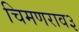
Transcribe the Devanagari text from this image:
चिमणराव३